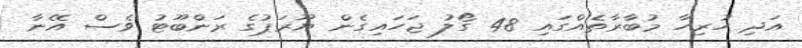
އަދި ހުރިހާ މުބާރާތެއްގައި 48 ގޯލު ޖަހައިގެން ޔޫރަޕުގެ ރަންބޫޓު ވެސް އޭނާ